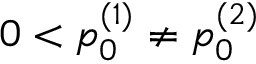
0 < p _ { 0 } ^ { ( 1 ) } \neq p _ { 0 } ^ { ( 2 ) }